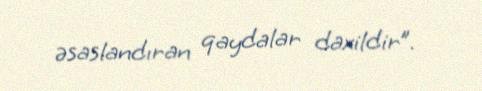
əsaslandıran qaydalar daxildir”.